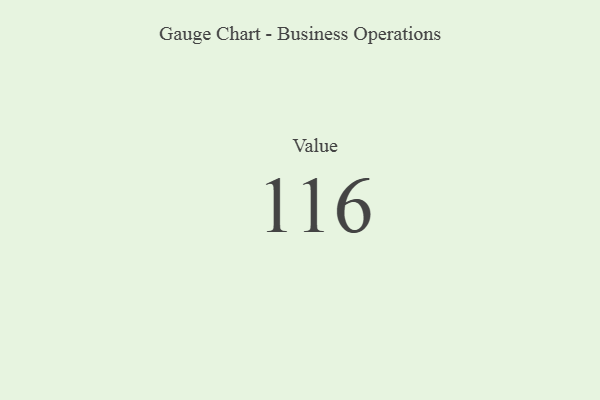
{"axis": {"x": "Metric", "y": "Value"}, "legend": [""], "data": [{"x": "Value", "y": 116, "type": ""}]}